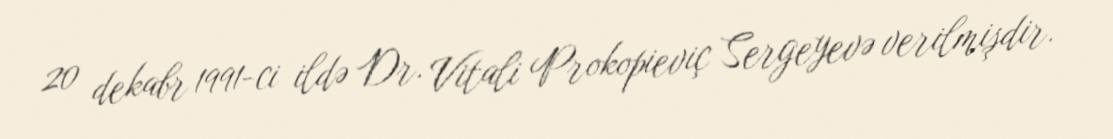
20 dekabr 1991-ci ildə Dr. Vitali Prokopieviç Sergeyevə verilmişdir.